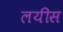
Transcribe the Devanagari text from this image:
लयीस